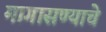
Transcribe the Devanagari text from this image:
मागासण्याचे